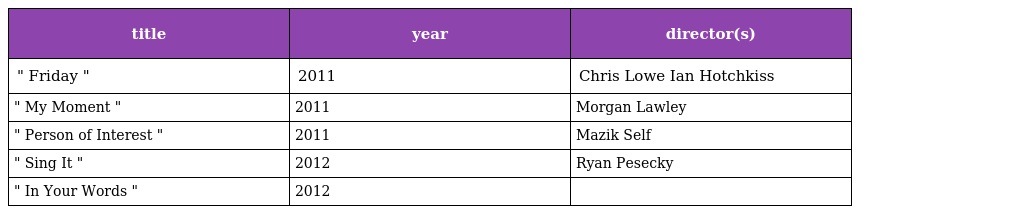
| title | year | director(s) |
 | --- | --- | --- |
 | " Friday " | 2011 | Chris Lowe Ian Hotchkiss |
 | " My Moment " | 2011 | Morgan Lawley |
 | " Person of Interest " | 2011 | Mazik Self |
 | " Sing It " | 2012 | Ryan Pesecky |
 | " In Your Words " | 2012 |  |